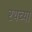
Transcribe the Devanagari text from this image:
रथच्या